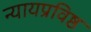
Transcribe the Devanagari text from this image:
न्यायप्रविष्ठ